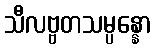
သီလဗ္ဗတသမ္ပန္နော